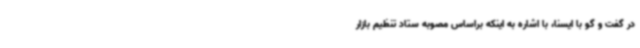
در گفت و گو با ایسنا، با اشاره به اینکه براساس مصوبه ستاد تنظیم بازار